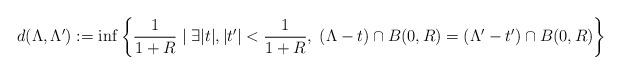
LaTeX: \begin{align*} d(\Lambda , \Lambda '):= \inf \left\lbrace \dfrac{1}{1+R} \; \vert \; \exists \vert t \vert , \vert t'\vert < \dfrac{1}{1+R} , \; (\Lambda -t)\cap B(0,R) = (\Lambda '-t')\cap B(0,R) \right\rbrace \end{align*}